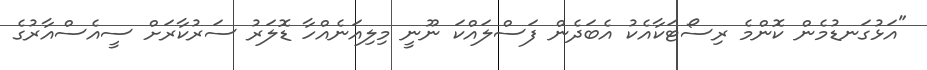
"އަޅުގަނޑުމެން ކޮންމެ ރިސޯޓަކާއެކު އެބަދެން ފަސްލައްކަ ނޫނީ މިލިއަނެއްހާ ޑޮލަރު ސަރުކާރަށް ސީއެސްއާރުގެ